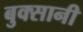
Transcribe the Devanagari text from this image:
बुक्सानी